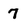
Character: 7